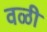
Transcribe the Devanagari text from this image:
वळी